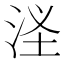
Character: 㳗